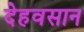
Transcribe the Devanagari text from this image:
देहवसान